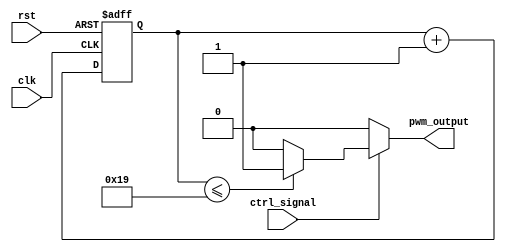
module pwm_timer(
    input wire clk,             // External clock signal
    input wire rst,             // Reset signal
    input wire ctrl_signal,     // Control signal for pulse width
    output wire pwm_output      // PWM output signal
);

reg [7:0] counter;              // Counter for tracking pulse width

always @(posedge clk or posedge rst) begin
    if (rst) begin
        counter <= 8'b0;        // Reset counter
    end else begin
        counter <= counter + 1; // Increment counter
    end
end

always @(*) begin
    case (ctrl_signal)
        8'b00000001: pwm_output = (counter <= 8'd25) ? 1 : 0;   // Pulse width based on control signal value
        8'b00000010: pwm_output = (counter <= 8'd50) ? 1 : 0;
        // Add more cases for different control signal values and corresponding pulse widths
        default: pwm_output = 0;                                  // Default output is 0
    endcase
end

endmodule